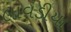
લાવડીયા